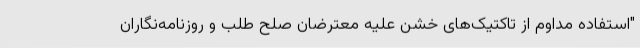
"استفاده مداوم از تاکتیک‌های خشن علیه معترضان صلح طلب و روزنامه‌نگاران